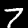
Digit: 7